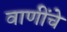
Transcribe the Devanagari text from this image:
वाणींचे